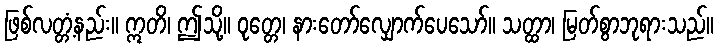
ဖြစ်လတ္တံ့နည်း။ ဣတိ၊ ဤသို့။ ဝုတ္တေ၊ နားတော်လျှောက်ပေသော်။ သတ္ထာ၊ မြတ်စွာဘုရားသည်။